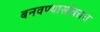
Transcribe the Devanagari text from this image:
बनवण्यासोबतच